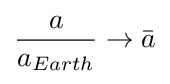
{\frac {a}{a_{Earth}}}\to {\bar {a}}